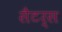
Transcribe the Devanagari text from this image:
सैटर्स